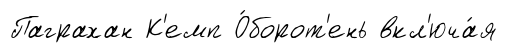
Паграхан К'емп О́борот'ень вкл'юча́я